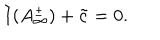
LaTeX: I ( A _ { \infty } ^ { \pm } ) + \tilde { c } = 0 .